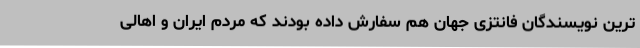
ترین نویسندگان فانتزی جهان هم سفارش داده بودند که مردم ایران و اهالی